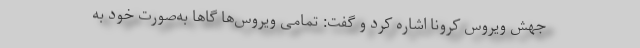
جهش ویروس کرونا اشاره کرد و گفت: تمامی ویروس‌ها گاها به‌صورت خود به